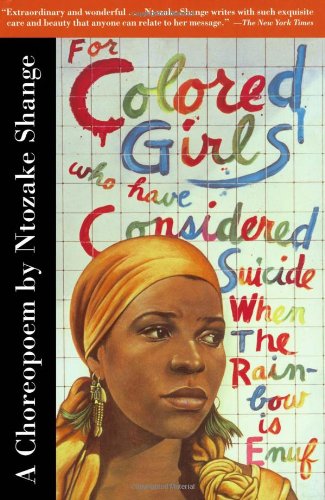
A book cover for For Colored Girls Who Have Considered Suicide When the Rainbow Is Enuf; Ntozake Shange; Humor & Entertainment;